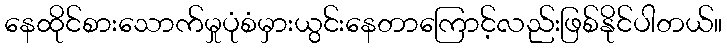
နေထိုင်စားသောက်မှုပုံစံမှားယွင်းနေတာကြောင့်လည်းဖြစ်နိုင်ပါတယ်။